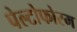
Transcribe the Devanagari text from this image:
पेल्टोफोरम